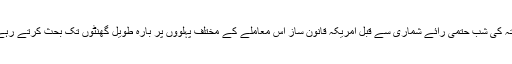
ہفتہ کی شب حتمی رائے شماری سے قبل امریکہ قانون ساز اس معاملے کے مختلف پہلووں پر بارہ طویل گھنٹوں تک بحث کرتے رہے۔